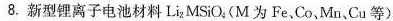
8.新型锂离子电池材料Li_{2}MSiO_{4}(M为Fe、Co、Mn、Cu等)